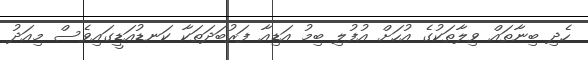
ހެދި ބިނާތައް ވިލާތަކުގެ އުހަށް އުފުލި ބިމު އަޑިއާ ފަރުބަދަތަކާ ކަނޑުއަޑީގައިވެސް މިއަދު